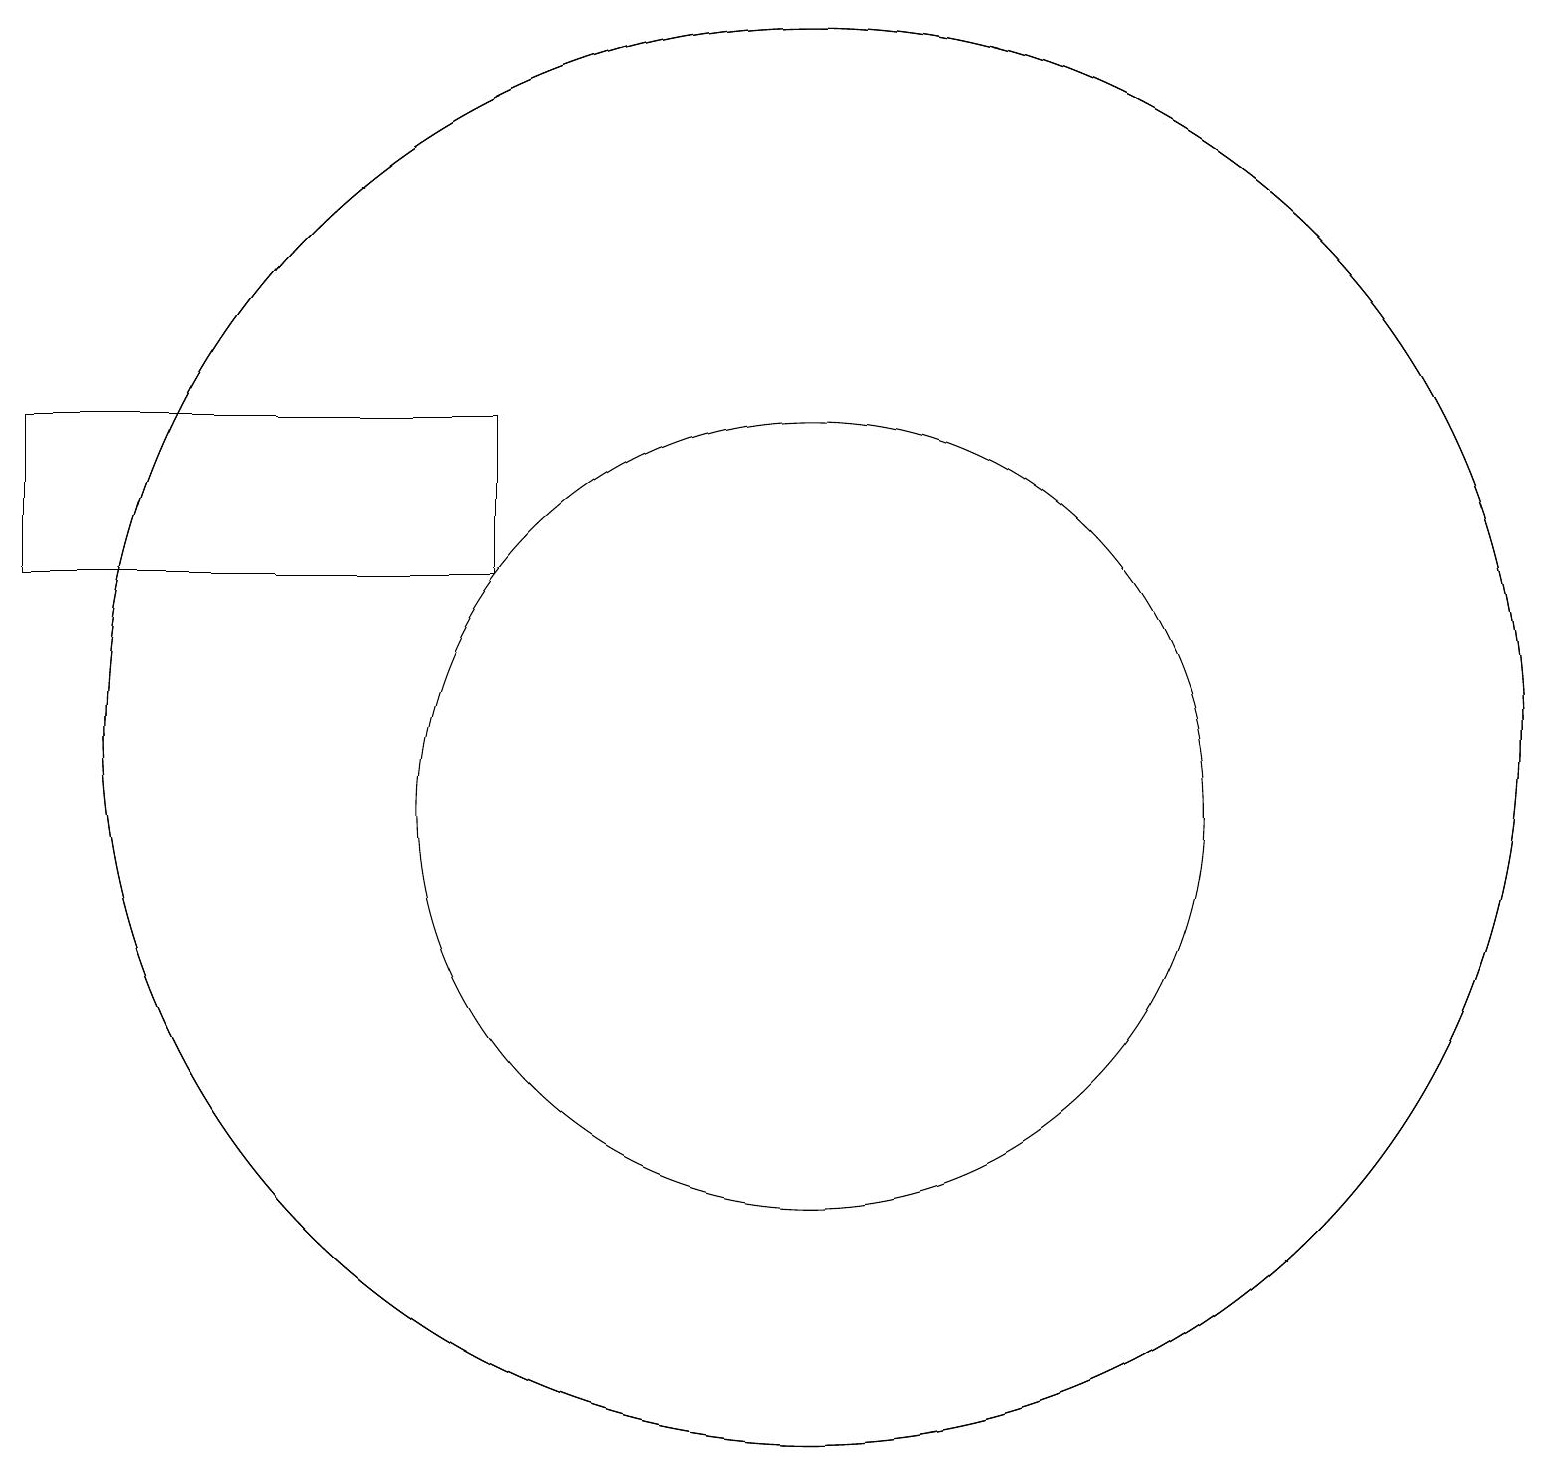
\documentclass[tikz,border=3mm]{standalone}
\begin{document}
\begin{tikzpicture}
\draw (10,10) circle (5);
\draw (10,11) circle (9);
\draw (10,11) circle (9);
\draw (0,15) rectangle (6,13);
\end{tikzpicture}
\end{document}